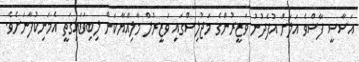
އަސާސީ ފާސްވެ އަލަށް އުފެދުނު ވަޒީރުންގެ މަޖުލިސްގައި ވަޒީރުލް މާލިއްޔާކަން ލިބިވަޑައިގަތީ އެމަނިކުފާނަށެވެ.